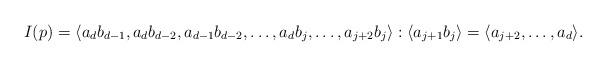
LaTeX: \begin{align*}I(p)=\langle a_{d}b_{d-1}, a_{d}b_{d-2}, a_{d-1}b_{d-2}, \dots , a_{d}b_{j}, \dots , a_{j+2}b_{j} \rangle: \langle a_{j+1}b_j \rangle =\langle a_{j+2}, \dots, a_d\rangle.\end{align*}